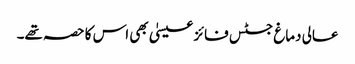
عالی دماغ جسٹس فائز عیسیٰ بھی اس کا حصہ تھے۔